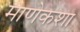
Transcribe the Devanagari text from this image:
माणेकशा